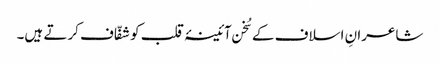
شاعرانِ اسلاف کے سُخن آئینۂ قلب کو شفّاف کرتے ہیں۔